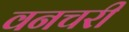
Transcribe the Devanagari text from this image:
वनचरी